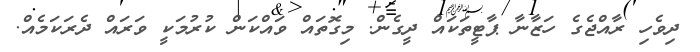
ދިވެހި ރާއްޖެގެ ހަޒާނާ ޕާޓީތަކައް ދީގެން. މިގޮތައް ވައްކަން ކުރުމަކީ ވަރައް ދެރަކަމެއް.